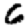
Digit: 6